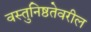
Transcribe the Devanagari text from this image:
वस्तुनिष्ठतेवरील